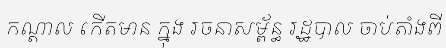
កណ្តាល កើតមាន ក្នុង រចនាសម្ព័ន្ធ រដ្ឋបាល ចាប់តាំងពី